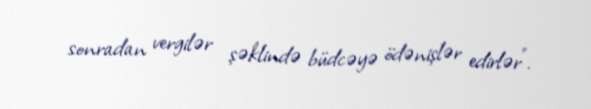
sonradan vergilər şəklində büdcəyə ödənişlər edirlər”.